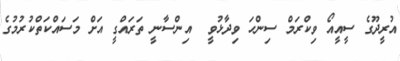
އުރީދޫގެ ސީއީއޯ ވިކްރަމް ސިންހަ ވިދާޅުވީ  އިންސާނީ ތަރައްގީ އަށް މަސައްކަތްކުރުމުގެ